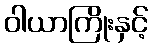
ဝါယာကြိုးနှင့်